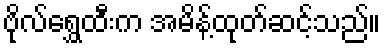
ဗိုလ်ရွှေထီးက အမိန့်ထုတ်ဆင့်သည်။